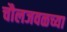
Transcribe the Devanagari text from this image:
चौलजवळच्या